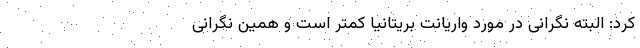
کرد: البته نگرانی در مورد واریانت بریتانیا کمتر است و همین نگرانی